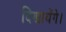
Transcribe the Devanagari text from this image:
दिखायेंगे।